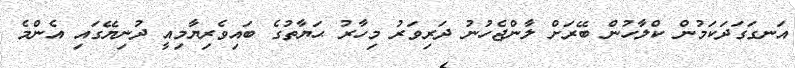
އަނގަގަދަކަމުން ކްލާހުން ބޭރަށް ލާންޖެހުނު ދަރިވަރު މިހާރު ޙަޔާތުގެ ބައިވެރިޔާމިއީ ދުނިޔޭގައި އެންމެ